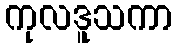
ကုလဒူသကာ